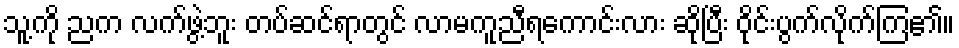
သူ့ကို ညက လက်ဖွဲ့ဘူး တပ်ဆင်ရာတွင် လာမကူညီရကောင်းလား ဆိုပြီး ဝိုင်းပွက်လိုက်ကြ၏။